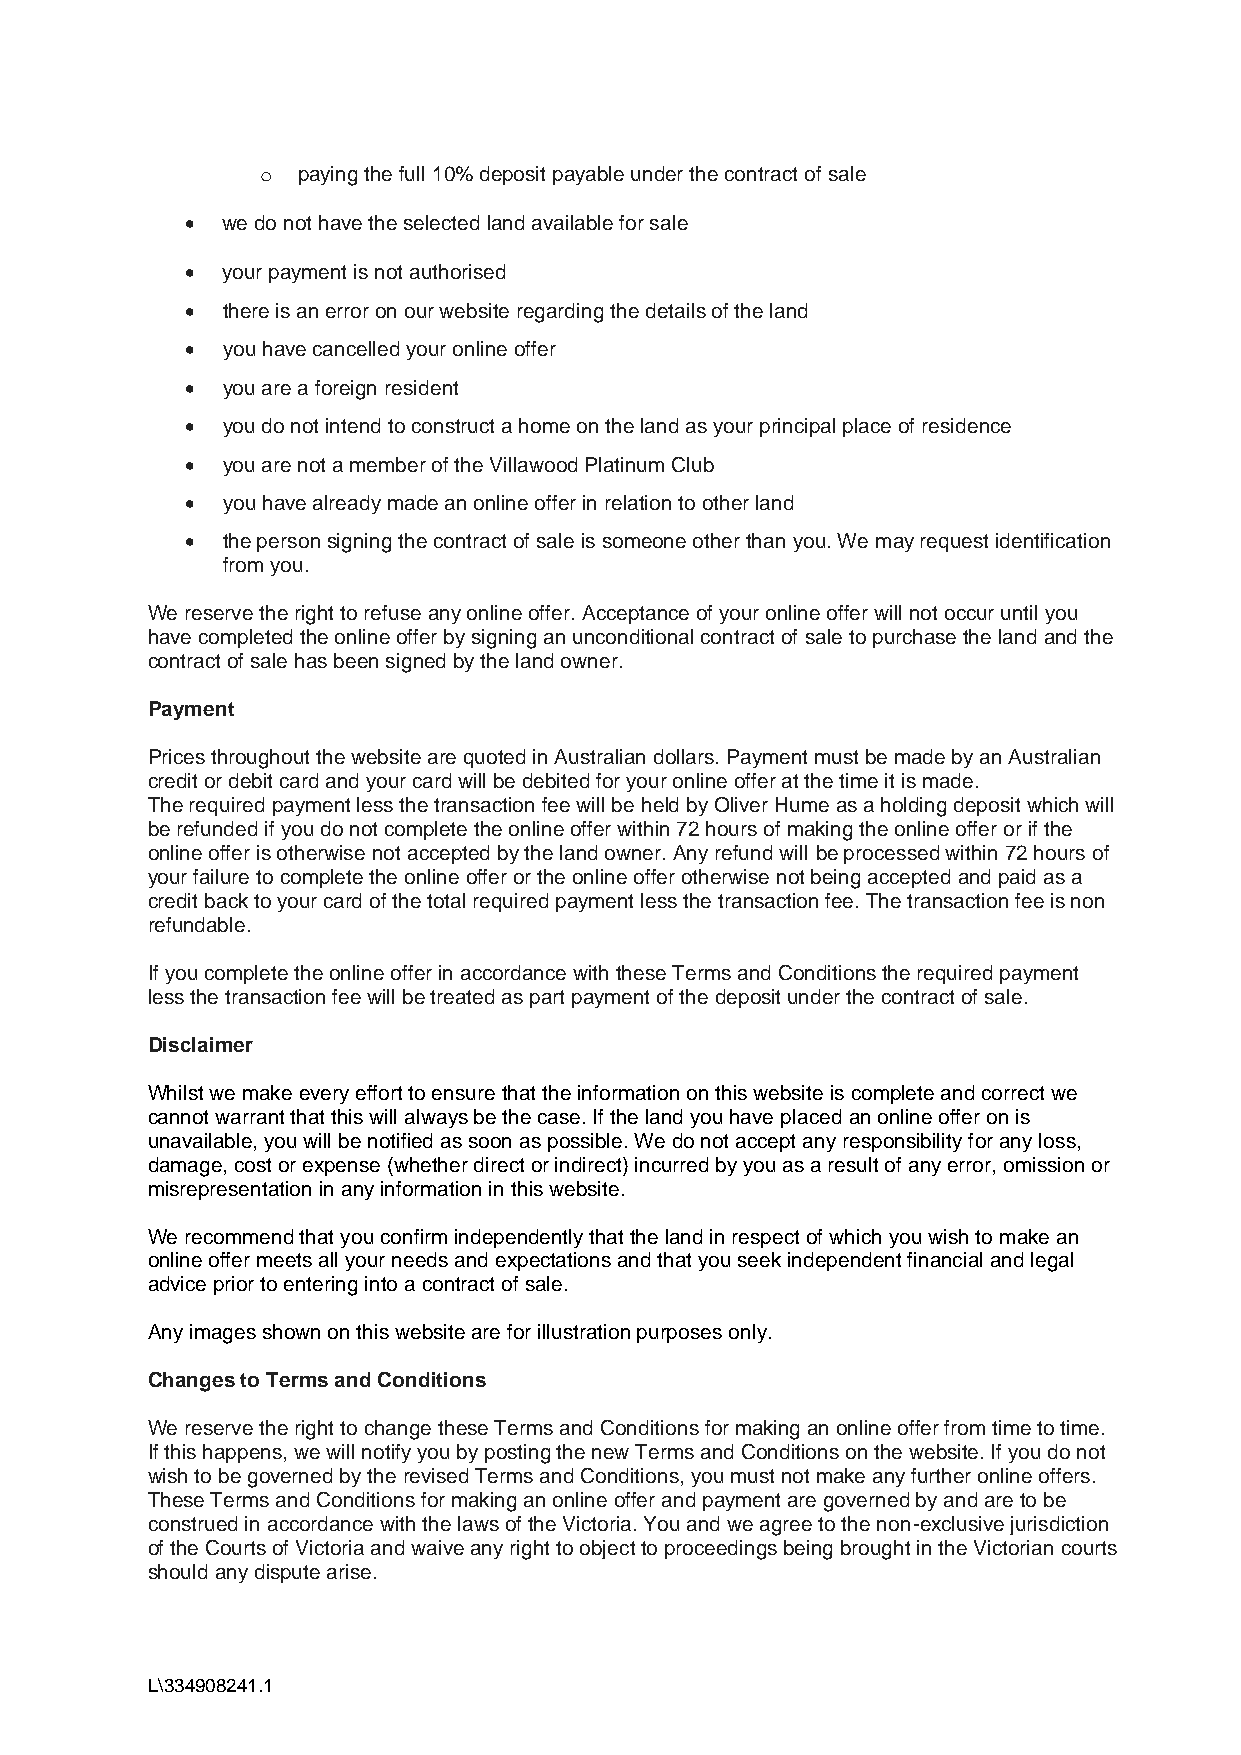
o  paying the full 10% deposit payable under the contract of sale
 •  we do not have the selected land available for sale
 •  your payment is not authorised
 •  there is an error on our website regarding the details of the land
 •  you have cancelled your online offer
 •  you are a foreign resident
 •  you do not intend to construct a home on the land as your principal place of residence
 •  you are not a member of the Villawood Platinum Club
 •  you have already made an online offer in relation to other land
 •  the person signing the contract of sale is someone other than you. We may request identification
 from you.
 We reserve the right to refuse any online offer. Acceptance of your online offer will not occur until you
 have completed the online offer by signing an unconditional contract of sale to purchase the land and the
 contract of sale has been signed by the land owner.
 Payment
 Prices throughout the website are quoted in Australian dollars. Payment must be made by an Australian
 credit or debit card and your card will be debited for your online offer at the time it is made.
 The required payment less the transaction fee will be held by Oliver Hume as a holding deposit which will
 be refunded if you do not complete the online offer within 72 hours of making the online offer or if the
 online offer is otherwise not accepted by the land owner. Any refund will be processed within 72 hours of
 your failure to complete the online offer or the online offer otherwise not being accepted and paid as a
 credit back to your card of the total required payment less the transaction fee. The transaction fee is non
 refundable.
 If you complete the online offer in accordance with these Terms and Conditions the required payment
 less the transaction fee will be treated as part payment of the deposit under the contract of sale.
 Disclaimer
 Whilst we make every effort to ensure that the information on this website is complete and correct we
 cannot warrant that this will always be the case. If the land you have placed an online offer on is
 unavailable, you will be notified as soon as possible. We do not accept any responsibility for any loss,
 damage, cost or expense (whether direct or indirect) incurred by you as a result of any error, omission or
 misrepresentation in any information in this website.
 We recommend that you confirm independently that the land in respect of which you wish to make an
 online offer meets all your needs and expectations and that you seek independent financial and legal
 advice prior to entering into a contract of sale.
 Any images shown on this website are for illustration purposes only.
 Changes to Terms and Conditions
 We reserve the right to change these Terms and Conditions for making an online offer from time to time.
 If this happens, we will notify you by posting the new Terms and Conditions on the website. If you do not
 wish to be governed by the revised Terms and Conditions, you must not make any further online offers.
 These Terms and Conditions for making an online offer and payment are governed by and are to be
 construed in accordance with the laws of the Victoria. You and we agree to the non-exclusive jurisdiction
 of the Courts of Victoria and waive any right to object to proceedings being brought in the Victorian courts
 should any dispute arise.
 L\334908241.1